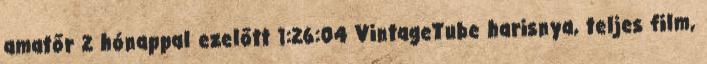
amatőr 2 hónappal ezelőtt 1:26:04 VintageTube harisnya, teljes film,